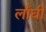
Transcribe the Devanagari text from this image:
लाँघी